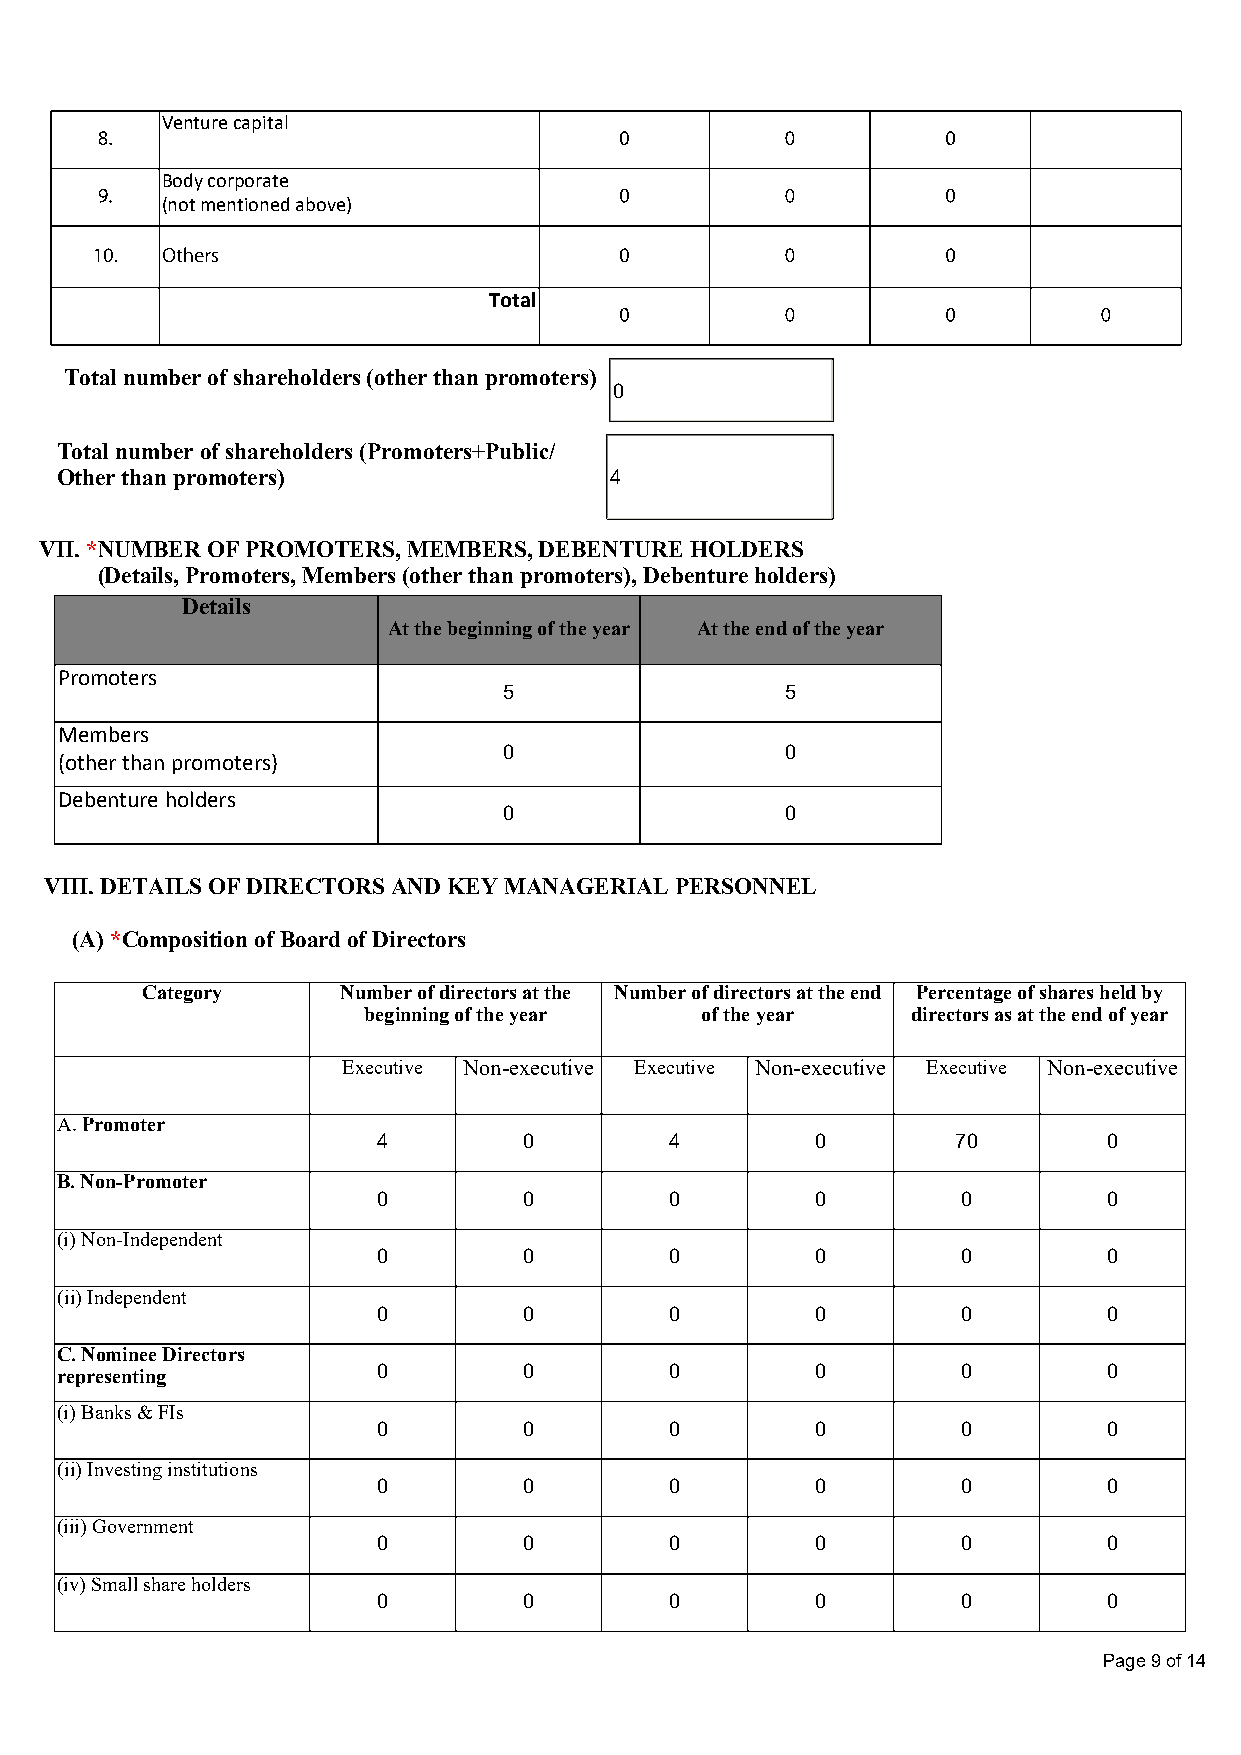
Venture capital
 Body corporate
 (not mentioned above)
 Total
 Total number of shareholders (other than promoters)
 0
 Total number of shareholders (Promoters+Public/
 Other than promoters)               4
 VII. *NUMBER OF PROMOTERS, MEMBERS, DEBENTURE HOLDERS
 (Details, Promoters, Members (other than promoters), Debenture holders)
 Details
 At the beginning of the year At the end of the year
 Promoters
 5                  5
 Members
 0                  0
 (other than promoters)
 Debenture holders
 0                  0
 VIII. DETAILS OF DIRECTORS AND KEY MANAGERIAL PERSONNEL
 (A) *Composition of Board of Directors
 Category      Number of directors at the Number of directors at the end Percentage of shares held by
 beginning of the year of the year   directors as at the end of year
 Executive Non-executive Executive Non-executive Executive Non-executive
 A. Promoter
 4         0        4         0        70        0
 B. Non-Promoter
 0         0        0         0         0        0
 (i) Non-Independent
 0         0        0         0         0        0
 (ii) Independent
 0         0        0         0         0        0
 C. Nominee Directors
 representing         0         0        0         0         0        0
 (i) Banks & FIs
 0         0        0         0         0        0
 (ii) Investing institutions
 0         0        0         0         0        0
 (iii) Government
 0         0        0         0         0        0
 (iv) Small share holders
 0         0        0         0         0        0
 Page 9 of 14